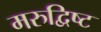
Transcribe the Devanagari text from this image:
मरुद्विष्ट